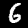
Label: 6